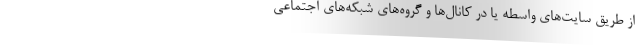
از طریق سایت‌های واسطه یا در کانال‌ها و گروه‌های شبکه‌های اجتماعی